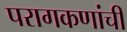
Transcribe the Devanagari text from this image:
परागकणांची